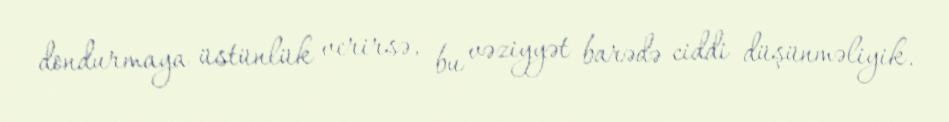
dondurmaya üstünlük verirsə, bu vəziyyət barədə ciddi düşünməliyik.